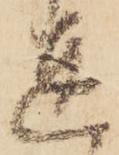
達